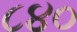
૮૪૦